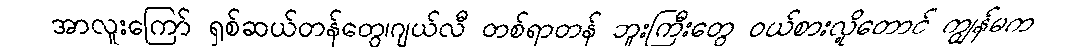
အာလူးကြော် ရှစ်ဆယ်တန်တွေ၊ဂျယ်လီ တစ်ရာတန် ဘူးကြီးတွေ ဝယ်စားလို့တောင် ကျွန်မက